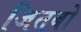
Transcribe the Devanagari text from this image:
जितबो